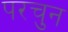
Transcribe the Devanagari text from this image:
परचुन